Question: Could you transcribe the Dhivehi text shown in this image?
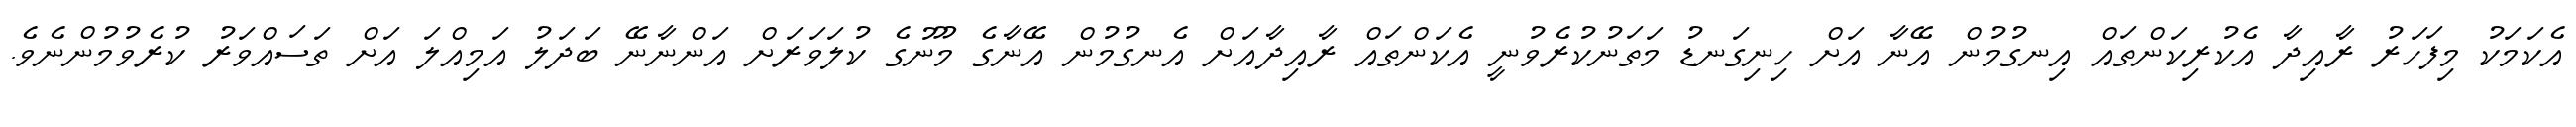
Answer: އެކަމަކު މިފަހަރު ރާއިދާ އެކުރިކަންތައް އިނގުމުން އޭނާ އަށް ހިނިގަނޑު މަތަނުކުރެވުނީ އެކަންތައް ރާއިދާއަށް އެނގުމުން އޭނާގެ މޫނުގެ ކުލަވަރަށް އަންނާނޭ ބަދަލު އަމިއްލަ އަށް ތަސައްވަރު ކުރެވުމުންނެވެ.